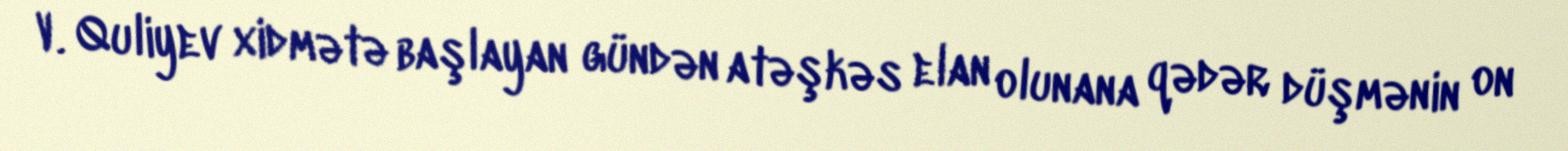
V. Quliyev xidmətə başlayan gündən atəşkəs elan olunana qədər düşmənin on